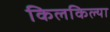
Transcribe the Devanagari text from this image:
किलकिल्या